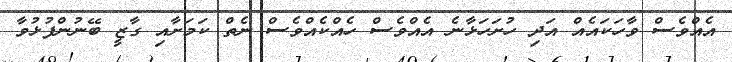
އެއްވެސް ވާހަކައެއް އަދި ހުށަހަޅާނެ އެއްވެސް ހެއްކެއްވެސް ނެތް ކަމަށާއި ގާޒީ ބޭނުންފުޅުވާ